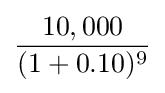
{\frac {10,000}{(1+0.10)^{9}}}